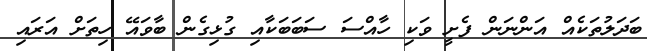
ބަދަލުތަކެއް އަންނަން ފެށީ ވަކި ހާއްސަ ސަބަބަކާއި ގުޅިގެން ބާވައޭ ހިތަށް އަރައި